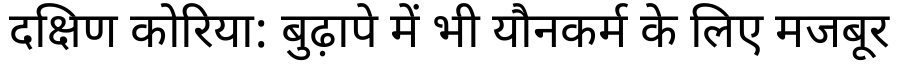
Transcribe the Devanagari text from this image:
दक्षिण कोरिया: बुढ़ापे में भी यौनकर्म के लिए मजबूर